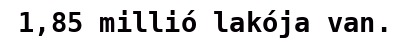
1,85 millió lakója van.